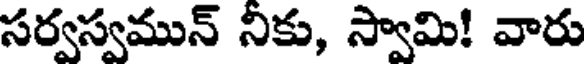
సర్వస్వమున్ నికు, స్వామి! వారు